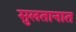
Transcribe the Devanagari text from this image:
सुलतानात